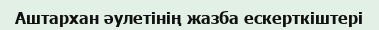
Аштархан әулетінің жазба ескерткіштері